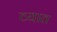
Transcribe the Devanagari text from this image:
व्यात